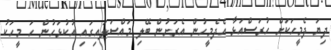
ދިޔަ ދެމީހަކަށް ހުރަސްއަޅާ އެދެމީހުން އެރަށުން ބޭލި މައްސަލައިގައި އުކުޅަހުން ހަ މީހަކު